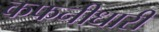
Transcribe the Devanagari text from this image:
कफनीधारी